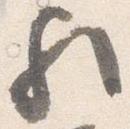
歟